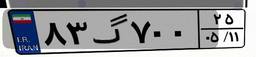
۸۳گ۷۰۰۲۵